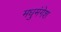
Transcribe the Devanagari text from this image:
मधुमंगेश